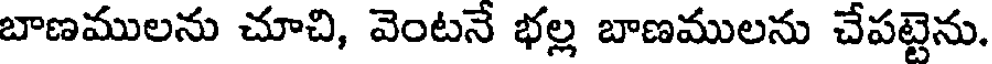
బాణములను చూచి, వెంటనే భల్ల బాణములను చేపట్టెను.